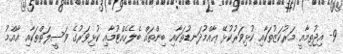
9- އިޖުތިމާއީ މަރުކަޒުތަކާއި ކުޅިވަރުކުޅޭ ޢާއްމުދަނޑުތަކާއި ބިންތައް ބެލެހެއްޓުމާއި ކުޅިވަރުގެ ވަސީލަތްތަކާއި ޢާއްމު